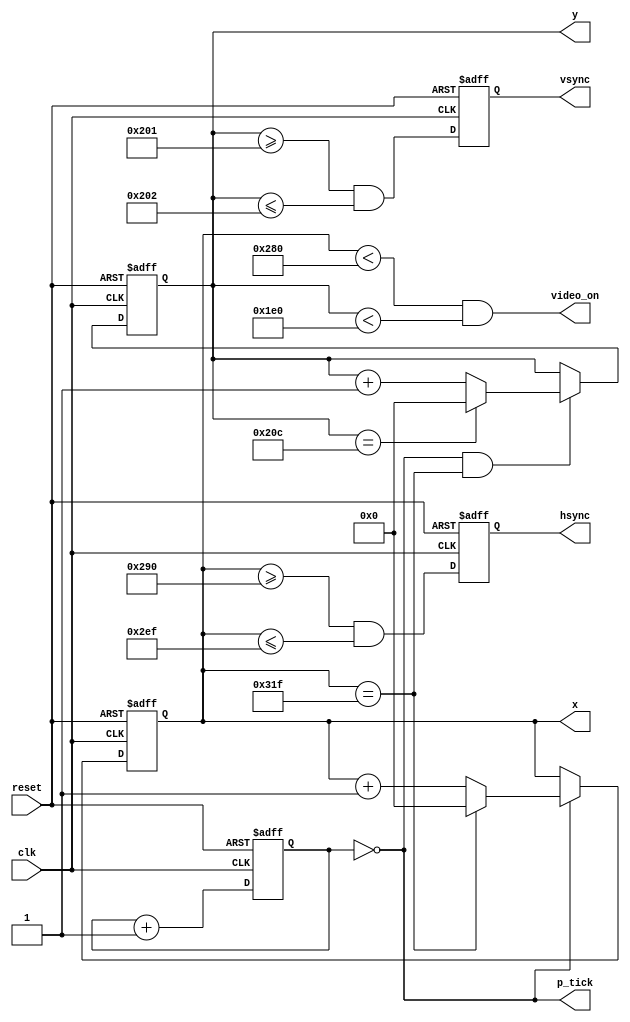
`timescale 1ns / 1ps
//////////////////////////////////////////////////////////////////////////////////
// Company: 
// Engineer: 
// 
// Design Name: 
// Module Name: VGA
// Project Name: 
// Target Devices: 
// Tool Versions: 
// Description: 
// 
// Dependencies: 
// 
// Revision:
// Revision 0.01 - File Created
// Additional Comments:
// 
//////////////////////////////////////////////////////////////////////////////////


module VGASync(
    input wire clk, reset,
    output wire hsync, vsync, video_on, p_tick,
    output wire [9:0] x, y
	);
	
// constant declarations for VGA sync parameters
localparam H_DISPLAY       = 640; // horizontal display area
localparam H_L_BORDER      =  48; // horizontal left border
localparam H_R_BORDER      =  16; // horizontal right border
localparam H_RETRACE       =  96; // horizontal retrace
localparam H_MAX           = H_DISPLAY + H_L_BORDER + H_R_BORDER + H_RETRACE - 1;
localparam START_H_RETRACE = H_DISPLAY + H_R_BORDER;
localparam END_H_RETRACE   = H_DISPLAY + H_R_BORDER + H_RETRACE - 1;

localparam V_DISPLAY       = 480; // vertical display area
localparam V_T_BORDER      =  10; // vertical top border
localparam V_B_BORDER      =  33; // vertical bottom border
localparam V_RETRACE       =   2; // vertical retrace
localparam V_MAX           = V_DISPLAY + V_T_BORDER + V_B_BORDER + V_RETRACE - 1;
localparam START_V_RETRACE = V_DISPLAY + V_B_BORDER;
localparam END_V_RETRACE   = V_DISPLAY + V_B_BORDER + V_RETRACE - 1;

// mod-4 counter to generate 25 MHz pixel tick
reg [1:0] pixel_reg;
wire [1:0] pixel_next;
wire pixel_tick;

always @(posedge clk, posedge reset)
    if(reset)
      pixel_reg <= 0;
    else
      pixel_reg <= pixel_next;

assign pixel_next = pixel_reg + 1; // increment pixel_reg 

assign pixel_tick = (pixel_reg == 0); // assert tick 1/4 of the time

// registers to keep track of current pixel location
reg [9:0] h_count_reg, h_count_next, v_count_reg, v_count_next;

// register to keep track of vsync and hsync signal states
reg vsync_reg, hsync_reg;
wire vsync_next, hsync_next;

// infer registers
always @(posedge clk, posedge reset) begin
    if(reset) begin
        v_count_reg <= 0;
        h_count_reg <= 0;
        vsync_reg   <= 0;
        hsync_reg   <= 0;
    end else begin
        v_count_reg <= v_count_next;
        h_count_reg <= h_count_next;
        vsync_reg   <= vsync_next;
        hsync_reg   <= hsync_next;
    end
end
        
// next-state logic of horizontal vertical sync counters
always @* begin
    h_count_next = pixel_tick ? 
                   h_count_reg == H_MAX ? 0 : h_count_reg + 1
               : h_count_reg;
    
    v_count_next = pixel_tick && h_count_reg == H_MAX ? 
                   (v_count_reg == V_MAX ? 0 : v_count_reg + 1) 
               : v_count_reg;
end
    
// hsync and vsync are active low signals
// hsync signal asserted during horizontal retrace
assign hsync_next = h_count_reg >= START_H_RETRACE
                    && h_count_reg <= END_H_RETRACE;

// vsync signal asserted during vertical retrace
assign vsync_next = v_count_reg >= START_V_RETRACE 
                    && v_count_reg <= END_V_RETRACE;

// video only on when pixels are in both horizontal and vertical display region
assign video_on = (h_count_reg < H_DISPLAY) 
                  && (v_count_reg < V_DISPLAY);

// output signals
assign hsync  = hsync_reg;
assign vsync  = vsync_reg;
assign x      = h_count_reg;
assign y      = v_count_reg;
assign p_tick = pixel_tick;

endmodule

module VGATest(
    input wire clk, reset,
    input wire [1:0] push,
    input wire [11:0] sw,
    output wire hsync, vsync,
    output wire [11:0] rgb
	);

localparam H_DISPLAY       = 640; // horizontal display area
localparam V_DISPLAY       = 480; // vertical display area

// register for Basys 2 8-bit RGB DAC 
reg [11:0] rgb_reg;

// video status output from VGASync to tell when to route out rgb signal to DAC
wire video_on;

wire p_tick;
wire [9:0] x, y;
// instantiate VGASync
VGASync vga_sync_unit (.clk(clk), .reset(reset), .hsync(hsync), .vsync(vsync),
                        .video_on(video_on), .p_tick(p_tick), .x(x), .y(y));

// select horizontal or vertical and set current rgb
reg state = 0; // 0 = horizontal, 1 = verical
reg [11:0] secondColor = 0;
always @ (posedge clk) begin
    if(push[0]) state = !state;
    if(push[1]) secondColor = sw;
end

// rgb buffer
always @(posedge p_tick) begin
    if (!state) begin
        rgb_reg[3:0] <= (((H_DISPLAY - x) * sw[3:0]) + (x * secondColor[3:0])) / H_DISPLAY;
        rgb_reg[7:4] <= (((H_DISPLAY - x) * sw[7:4]) + (x * secondColor[7:4])) / H_DISPLAY;
        rgb_reg[11:8] <= (((H_DISPLAY - x) * sw[11:8]) + (x * secondColor[11:8])) / H_DISPLAY;
    end else begin
        rgb_reg[3:0] <= (((V_DISPLAY - y) * sw[3:0]) + (y * secondColor[3:0])) / V_DISPLAY;
        rgb_reg[7:4] <= (((V_DISPLAY - y) * sw[7:4]) + (y * secondColor[7:4])) / V_DISPLAY;
        rgb_reg[11:8] <= (((V_DISPLAY - y) * sw[11:8]) + (y * secondColor[11:8])) / V_DISPLAY;
    end
end

// output
assign rgb = (video_on) ? rgb_reg : 12'b0;

endmodule